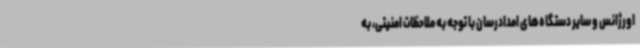
اورژانس و سایر دستگاه‌های امدادرسان با توجه به ملاحظات امنیتی، به